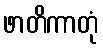
ဖာတိကာတုံ